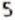
5